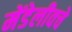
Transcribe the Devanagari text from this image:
मेंडेलीवचे